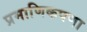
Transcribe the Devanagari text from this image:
प्रमाणिकपणा